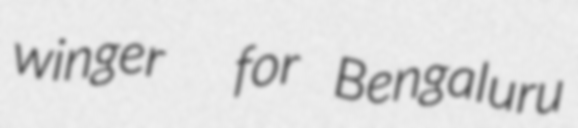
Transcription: winger  for Bengaluru